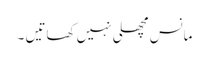
مانس مچھلی نہیں کھاتیں ۔